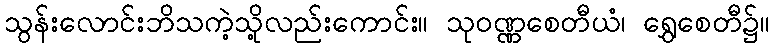
သွန်းလောင်းဘိသကဲ့သို့လည်းကောင်း။ သုဝဏ္ဏစေတီယံ၊ ရွှေစေတီ၌။